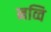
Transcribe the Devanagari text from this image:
नव्वि